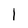
Character: 1